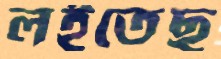
লইতেছ